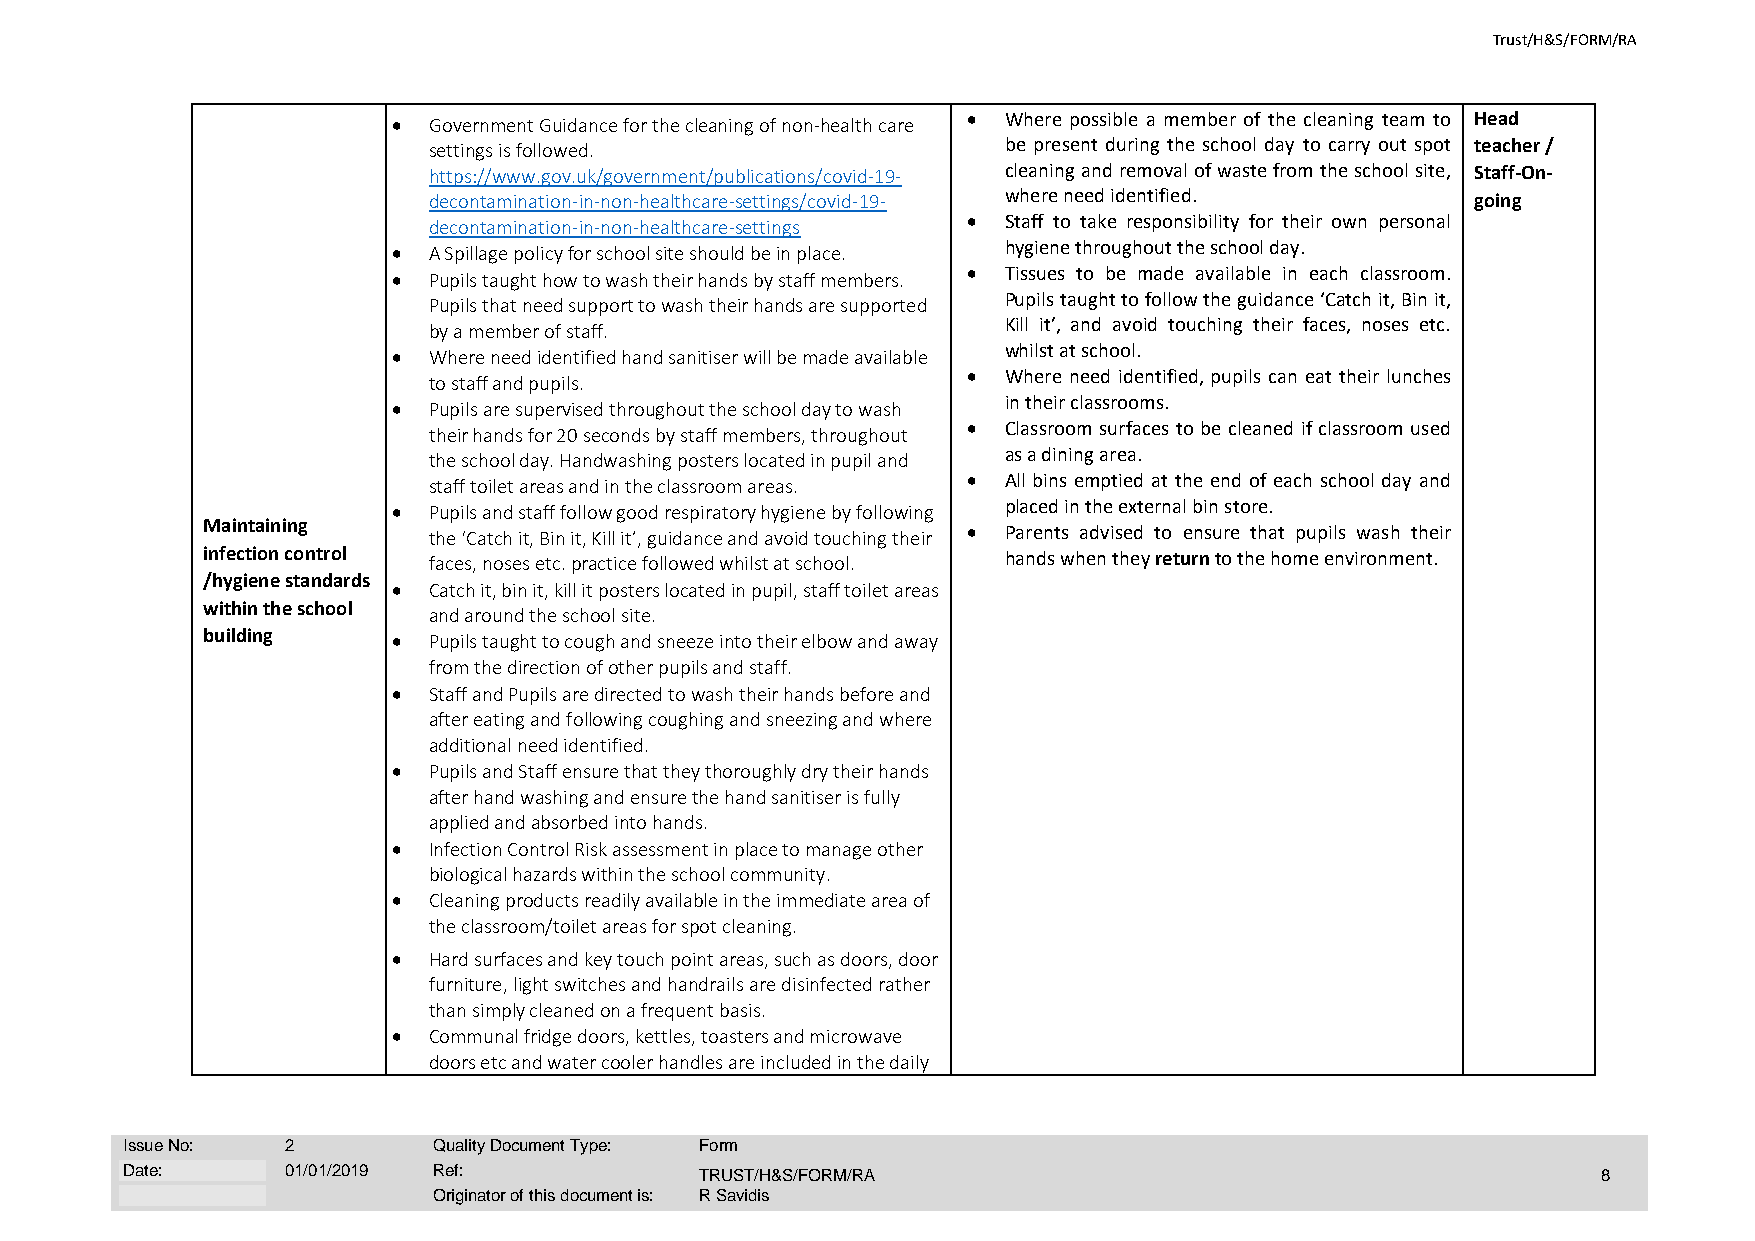
Trust/H&S/FORM/RA
 • Government Guidance for the cleaning of non-health care • Where possible a member of the cleaning team to Head
 settings is followed.                 be present during the school day to carry out spot teacher /
 https://www.gov.uk/government/publications/covid-19- cleaning and removal of waste from the school site, Staff-On-
 decontamination-in-non-healthcare-settings/covid-19- where need identified. going
 decontamination-in-non-healthcare-settings • Staff to take responsibility for their own personal
 • A Spillage policy for school site should be in place. hygiene throughout the school day.
 • Pupils taught how to wash their hands by staff members. • Tissues to be made available in each classroom.
 Pupils that need support to wash their hands are supported Pupils taught to follow the guidance ‘Catch it, Bin it,
 by a member of staff.                 Kill it’, and avoid touching their faces, noses etc.
 whilst at school.
 • Where need identified hand sanitiser will be made available
 • Where need identified, pupils can eat their lunches
 to staff and pupils.
 in their classrooms.
 • Pupils are supervised throughout the school day to wash
 • Classroom surfaces to be cleaned if classroom used
 their hands for 20 seconds by staff members, throughout
 the school day. Handwashing posters located in pupil and as a dining area.
 staff toilet areas and in the classroom areas. • All bins emptied at the end of each school day and
 • Pupils and staff follow good respiratory hygiene by following placed in the external bin store.
 Maintaining
 the ‘Catch it, Bin it, Kill it’, guidance and avoid touching their • Parents advised to ensure that pupils wash their
 infection control faces, noses etc. practice followed whilst at school. hands when they return to the home environment.
 /hygiene standards
 • Catch it, bin it, kill it posters located in pupil, staff toilet areas
 within the school
 and around the school site.
 building     • Pupils taught to cough and sneeze into their elbow and away
 from the direction of other pupils and staff.
 • Staff and Pupils are directed to wash their hands before and
 after eating and following coughing and sneezing and where
 additional need identified.
 • Pupils and Staff ensure that they thoroughly dry their hands
 after hand washing and ensure the hand sanitiser is fully
 applied and absorbed into hands.
 • Infection Control Risk assessment in place to manage other
 biological hazards within the school community.
 • Cleaning products readily available in the immediate area of
 the classroom/toilet areas for spot cleaning.
 • Hard surfaces and key touch point areas, such as doors, door
 furniture, light switches and handrails are disinfected rather
 than simply cleaned on a frequent basis.
 • Communal fridge doors, kettles, toasters and microwave
 doors etc and water cooler handles are included in the daily
 Issue No:  2         Quality Document Type: Form
 Date:      01/01/2019 Ref:            TRUST/H&S/FORM/RA                                           8
 Originator of this document is: R Savidis